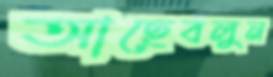
আছেবলুন